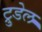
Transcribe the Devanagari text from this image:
ट्रुडेल